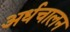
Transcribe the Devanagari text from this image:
अर्धचालन